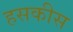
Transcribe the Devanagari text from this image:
हसकीस